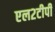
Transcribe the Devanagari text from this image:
एल२टीपी